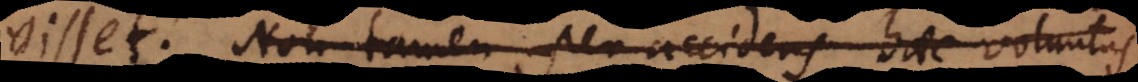
visset. Non tamen per accidens haec voluntas